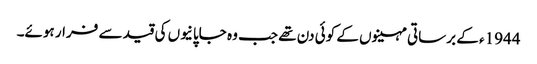
1944ء کے برساتی مہینوں کے کوئی دن تھے جب وہ جاپانیوں کی قید سے فرار ہوئے۔